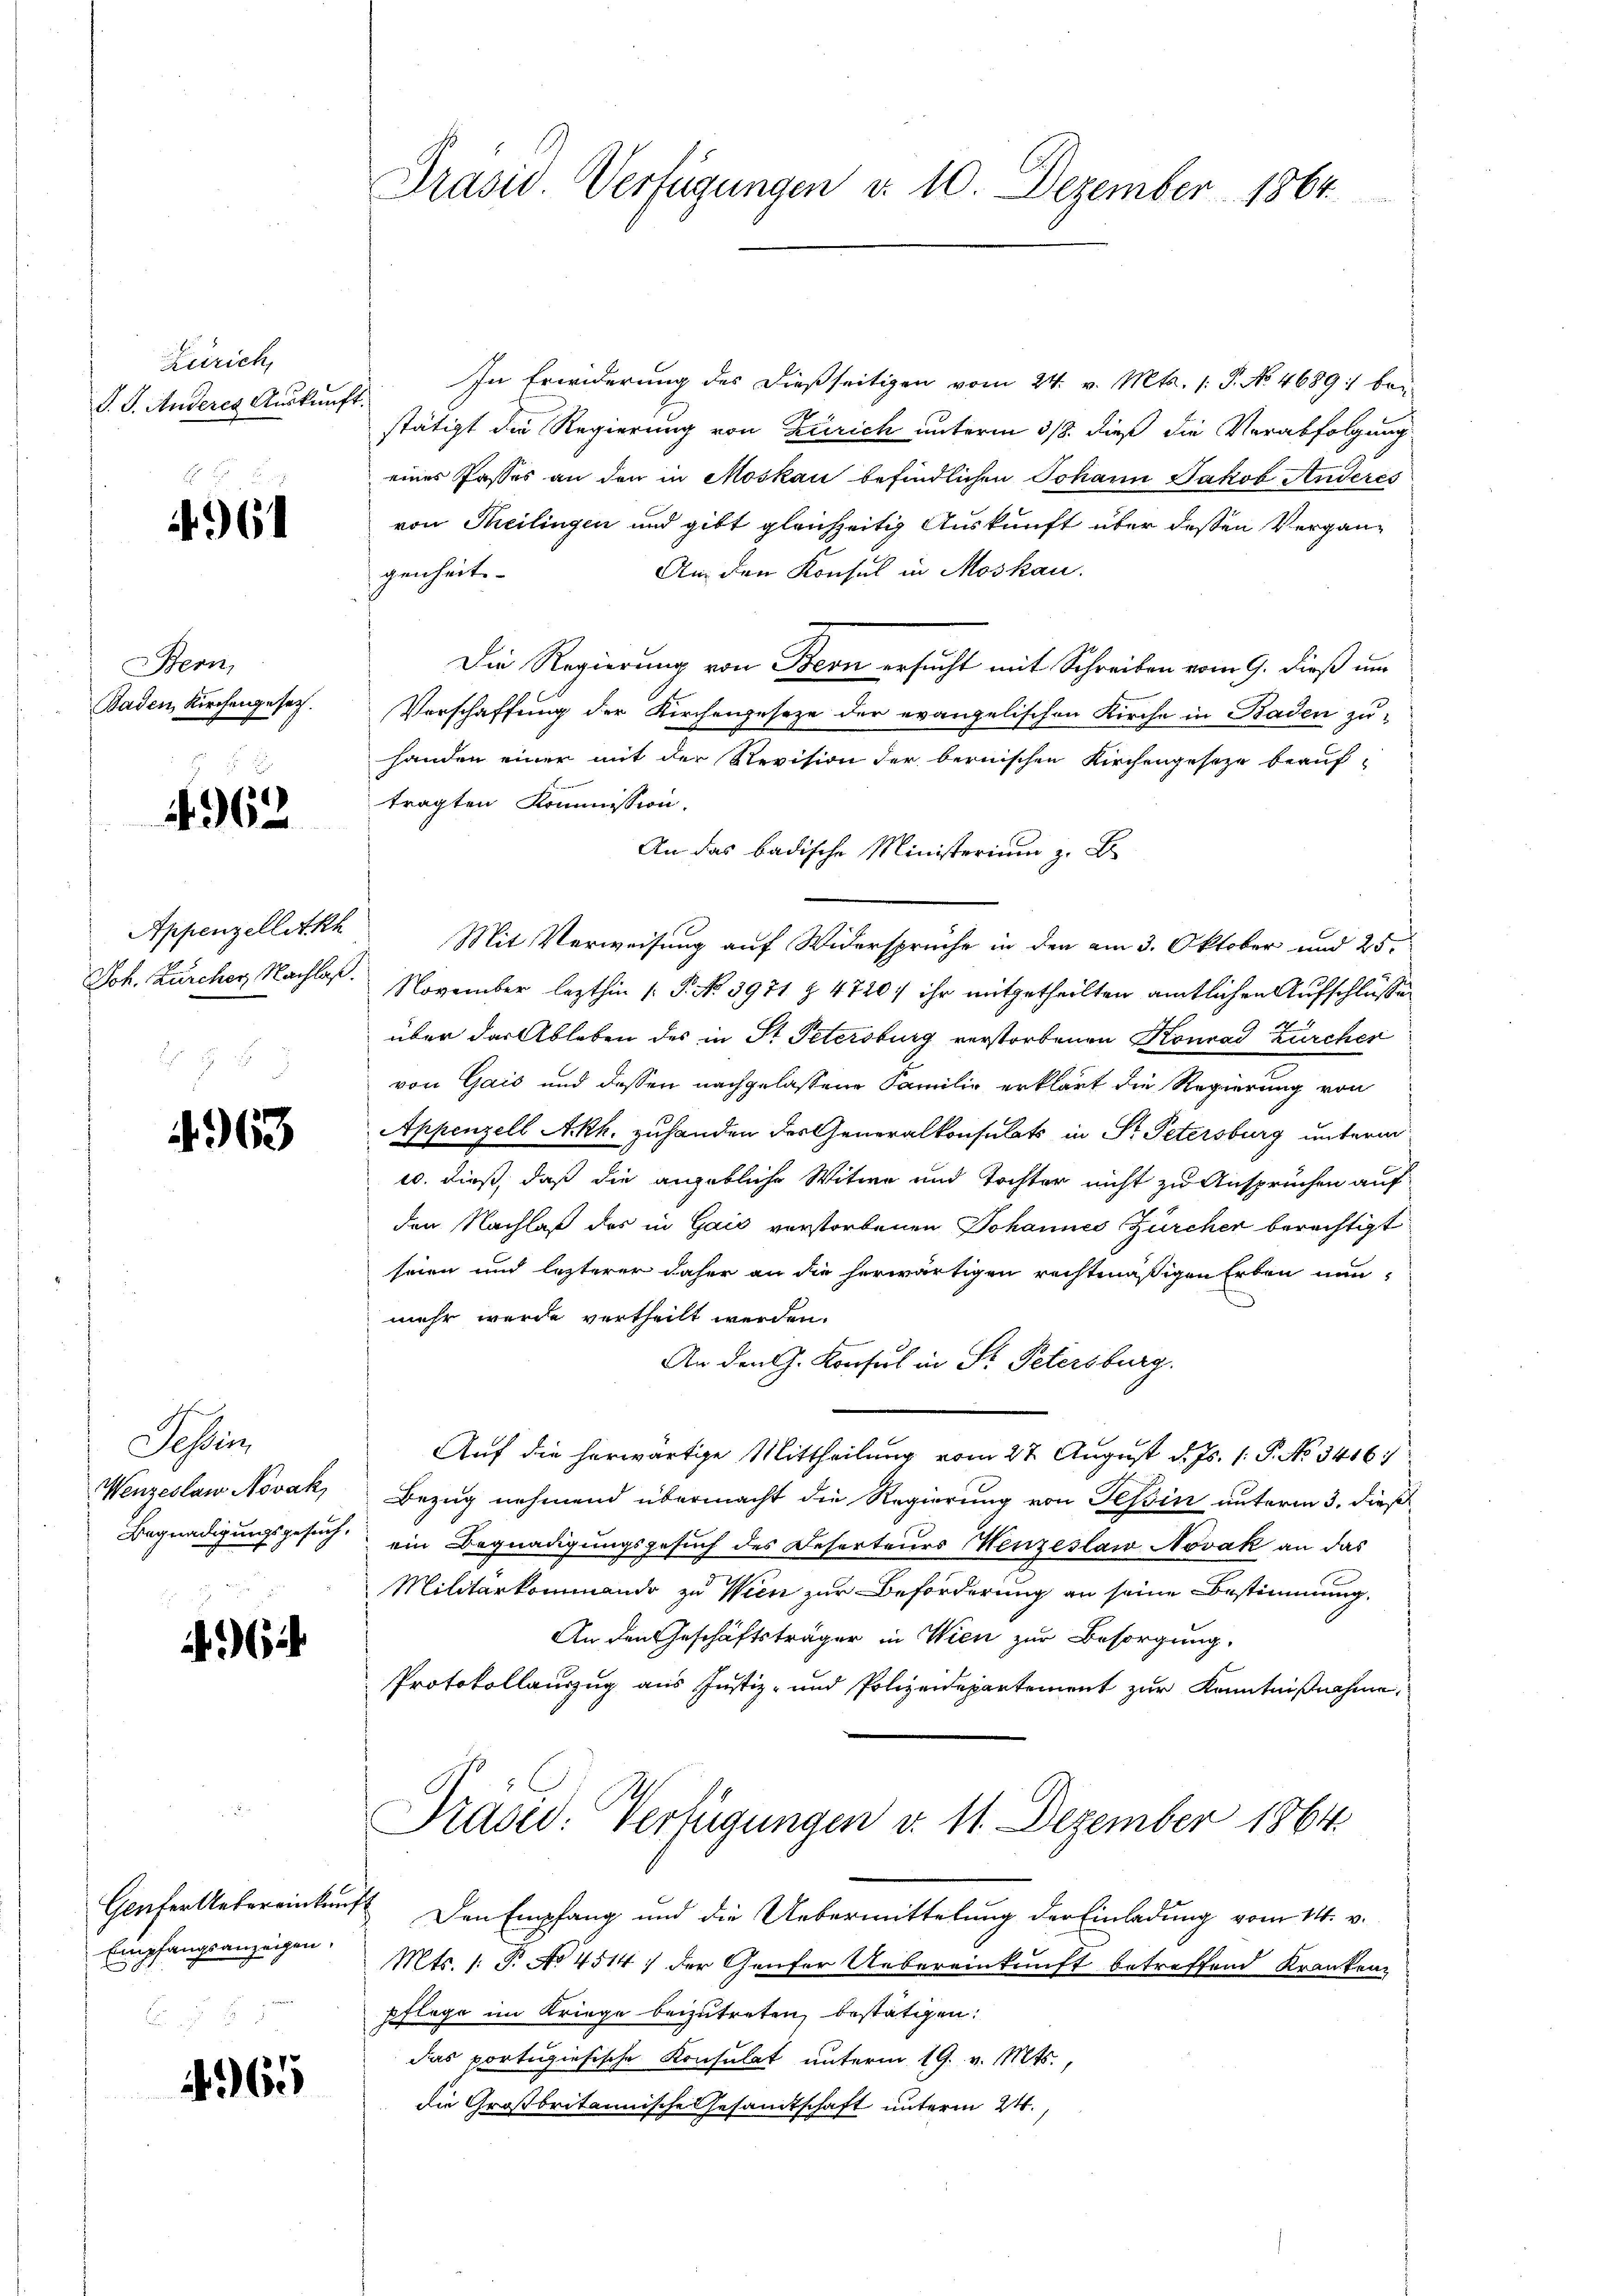
Zürich,
J. J. Anderes Auskunft

e
961

Bern,
Baden Kirchengesetzt.

4962

Appenzellitkh
Joh. Zürcher Nachlaß.

4963

Sohin
Wenzeslaw Novak,
Begnadigungsgesuch,

6

Geufer Uebereinkunf
Empfangsanzeigen.

965

Präsid.. Verfügungen d. 10. Dezember 1864.

2 In Erwiderung des dießseitigen vom 24. v. Mts. 1. P. No 4689 : bei
stätigt die Regierung von Zürich unterm 318. dieß die Verabfolgung
eines Passes an den in Moskau befindlichen Johann Jakob Anderes
von Theilingen und gibt gleichzeitig Auskunft über deßen Vergan¬
An den Konsul in Moskau
genheit.
Die Regierung von Bern ersucht mit Schreiben vom 9. dieß um
Verschaffung der Kirchengesetze der evangelischen Kirche in Baden zuhanden einer mit der Revision der bernischen Kirchengeseze beauf-
tragten Kommission.
An das badische Ministerium z. B
Mit Verweisung auf Widersprüche in den am 3. Oktober und 25.
November lezthin (: P. No. 3971 § 4720: ihr mitgetheilten amtlichen Aufschluße
über der Ableben des in Dr. Petersburg verstorbenen Konrad Zürcher
von Gais und dessen nachgelassene Familie erklärt die Regierung von
Appenzell A.Rh. zuhanden des Generalkonsulats in Pr. Petersburg unterm
u. dieß, daß die angebliche Witwe und Tochter nicht zu Ansprüchen auf
den Nachlaß des in Gaić verstorbenen Johannes Zürcher berechtigt
seien und lezterer daher an die herwärtigen rechtmäßigen Erben nunmehr wurde vertheilt werden.
An den G. Konsul in St. Petersburg.
Auf die herwärtige Mittheilung vom 27. August d. Js. (: P. No 3416.
Bezug nehmend übermacht die Regierung von Tessin unterm 3. dieß
ein Begnadigungsgesuch des Deserteurs Menzeslaw Novak an das
Militärkommando zu Wien zur Beförderung an seine Bestimmung,
An den Geschäftsträger in Wien zur Besorgung.
Protokollauszug aus Justiz- und Polizeidepartement zur Kenntnißnahme,
Prased: Verfügungen d. 11. Dezember 1864.
Den Empfang und die Uebermittelung der Einladung vom 14. v.
Mts. /: P. No 4514) der Genfer Uebereinkunft betreffend Kranken
pflege im Kriege beizutreten, bestätigen.
das portugiesische Konsulat unterm 19. v. Mts.,
die Großbritannische Gesandtschaft unterm 24.